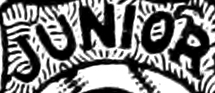
JUNIOR